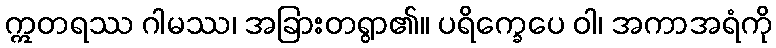
ဣတရဿ ဂါမဿ၊ အခြားတရွာ၏။ ပရိက္ခေပေ ဝါ၊ အကာအရံကို